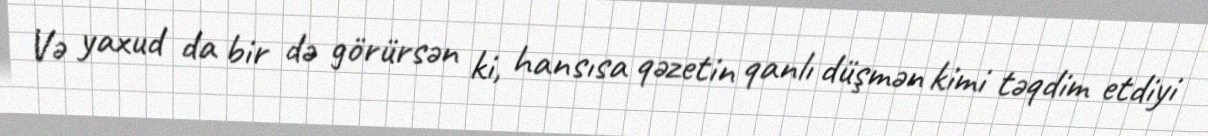
Və yaxud da bir də görürsən ki, hansısa qəzetin qanlı düşmən kimi təqdim etdiyi